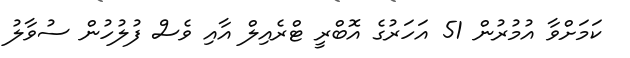
ކަމަށްވާ އުމުރުން 51 އަހަރުގެ އޮބްރީ ޓްރެއިލް އާއި ވެސް ފުލުހުން ސުވާލު